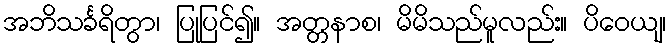
အဘိသင်္ခရိတွာ၊ ပြုပြင်၍။ အတ္တနာစ၊ မိမိသည်မူလည်း။ ပိဝေယျ၊